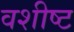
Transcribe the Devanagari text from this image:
वशीष्ट